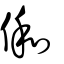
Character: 俰